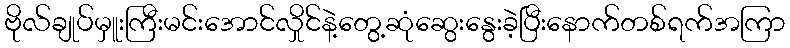
ဗိုလ်ချုပ်မှူးကြီးမင်းအောင်လှိုင်နဲ့တွေ့ဆုံဆွေးနွေးခဲ့ပြီးနောက်တစ်ရက်အကြာ